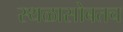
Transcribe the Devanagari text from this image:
स्थळासोबतच